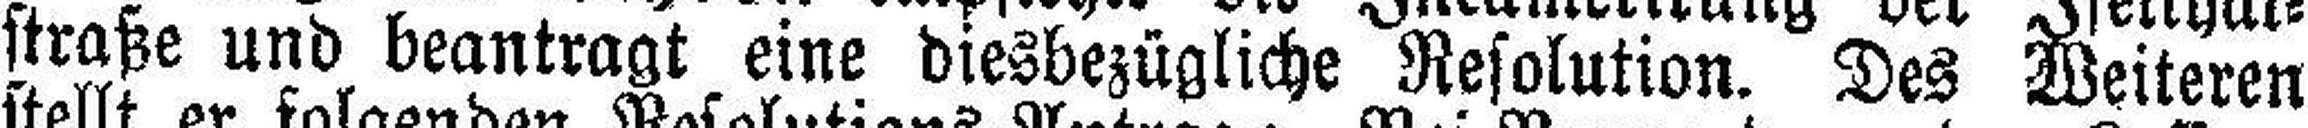
straße und beantragt eine diesbezügliche Resolution. Des Weiteren